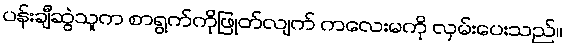
ပန်းချီဆွဲသူက စာရွက်ကိုဖြုတ်လျက် ကလေးမကို လှမ်းပေးသည်။